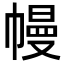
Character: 幔